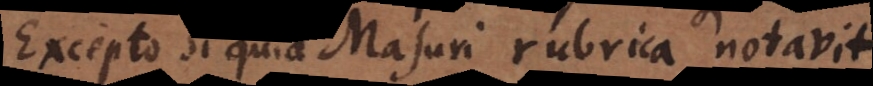
Excepto si quid Masuri rubrica notavit.